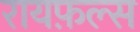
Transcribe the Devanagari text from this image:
रायफ़ल्स